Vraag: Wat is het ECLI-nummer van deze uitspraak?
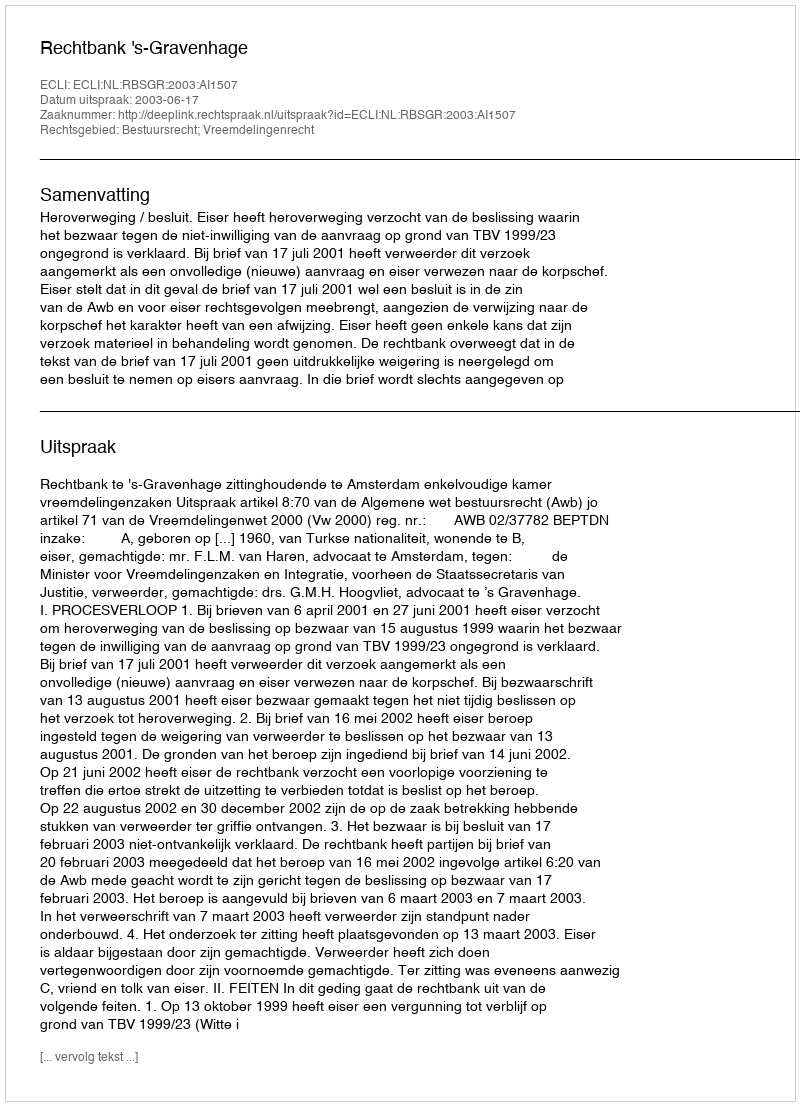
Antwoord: ECLI:NL:RBSGR:2003:AI1507